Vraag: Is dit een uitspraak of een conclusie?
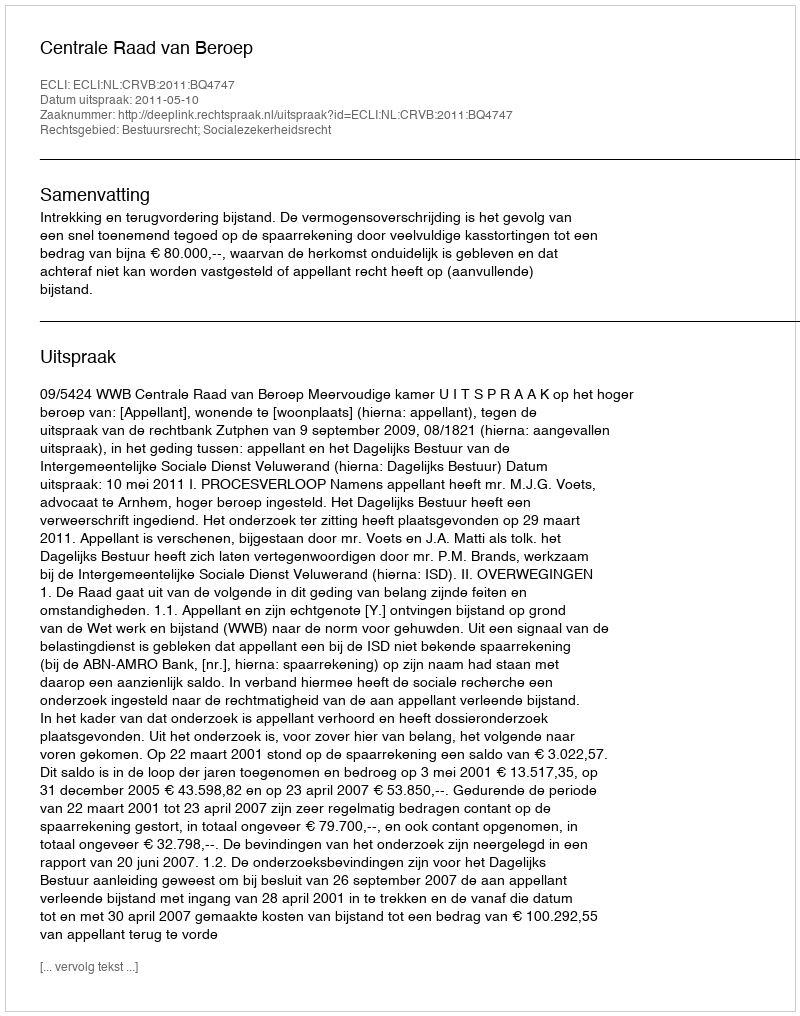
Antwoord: Uitspraak